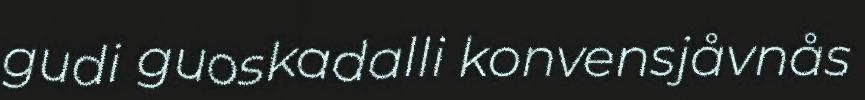
gudi guoskadalli konvensjåvnås